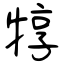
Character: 犉